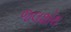
જલશોથ